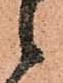
候